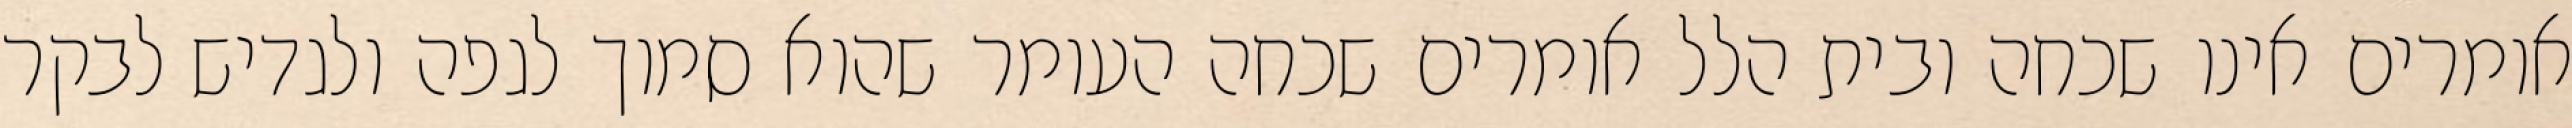
אומרים אינו שכחה ובית הלל אומרים שכחה העומר שהוא סמוך לגפה ולגדיש לבקר